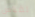
لقياس